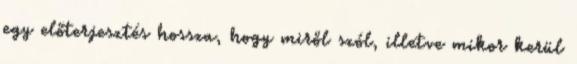
egy előterjesztés hossza, hogy miről szól, illetve mikor kerül